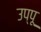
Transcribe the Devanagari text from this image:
उप्पू